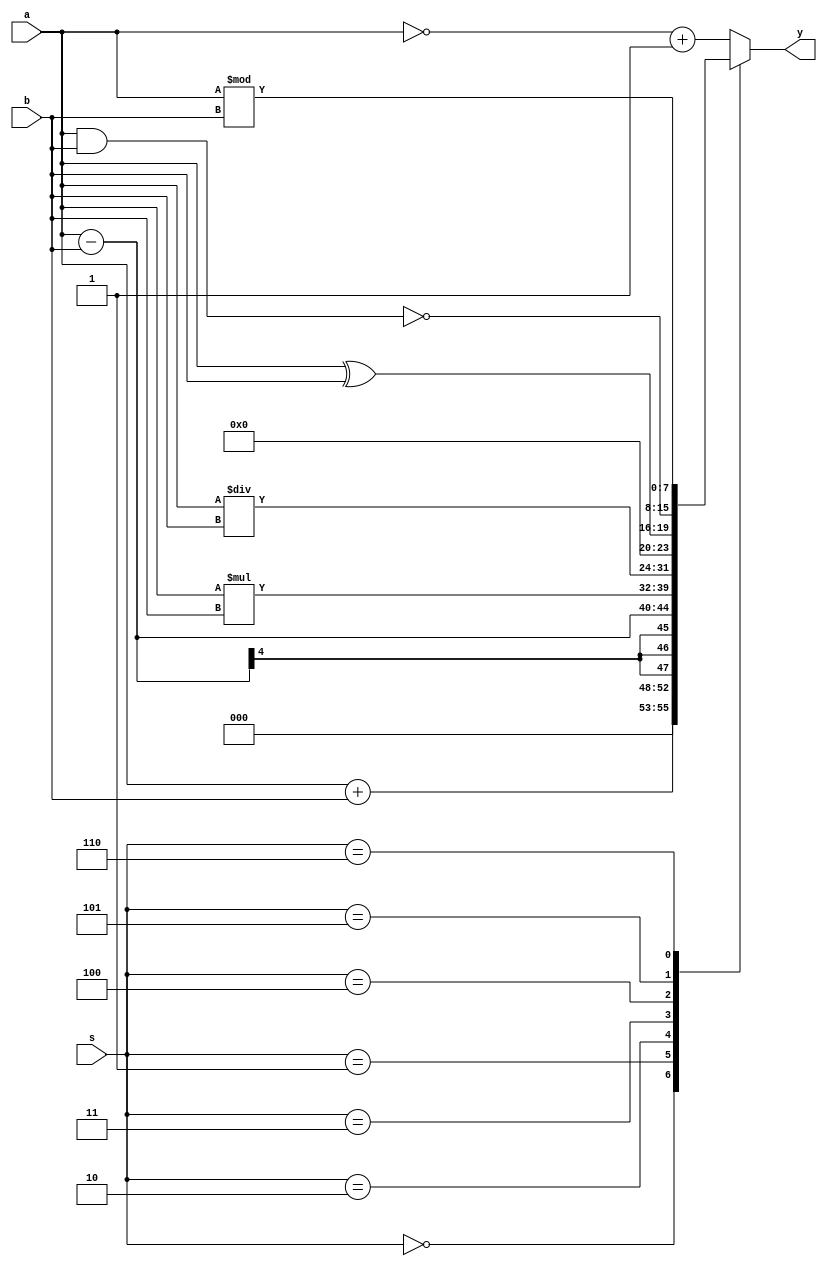
`timescale 1ns / 1ps
//20L115
//GOKUL P
module alu(
    input [3:0] a,b,
    input [2:0] s,
    output reg [7:0] y
    );


always @(a,b,s) 

begin
case(s)

3'b000:y=a+b;

3'b001:y=a-b;

3'b010:y=a*b;

3'b011:y=a/b;

3'b100:y=a^b;

3'b101:y=~(a&b);

3'b110:y=a%b;

default:y=(~a)+1;

endcase

end

endmodule